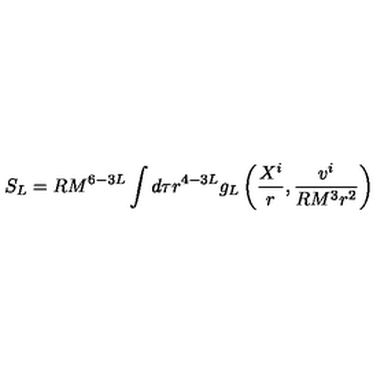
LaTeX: S _ { L } = R M ^ { 6 - 3 L } \int d \tau r ^ { 4 - 3 L } g _ { L } \left( \frac { X ^ { i } } { r } , \frac { v ^ { i } } { R M ^ { 3 } r ^ { 2 } } \right)